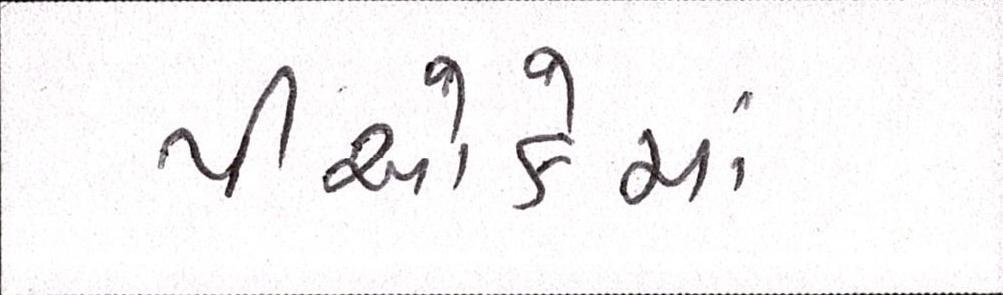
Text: પીઓકેમાં